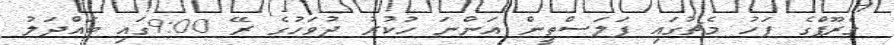
ގްރޫޕްގެ ފަހު މެޗުގައި ފަލަސްތީން އަންނަ ހުކުރު ދުވަހުގެ ރޭ 9:00ގައި ބައްދަލު